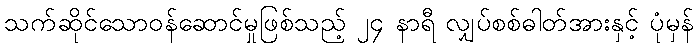
သက်ဆိုင်သောဝန်ဆောင်မှုဖြစ်သည့် ၂၄ နာရီ လျှပ်စစ်ဓါတ်အားနှင့် ပုံမှန်